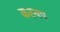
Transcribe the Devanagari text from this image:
कस्यप